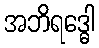
အဘိရဒ္ဓေါ